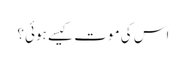
اس کی موت کیسے ہوئی؟